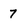
Character: 7